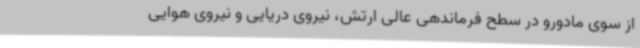
از سوی مادورو در سطح فرماندهی عالی ارتش، نیروی دریایی و نیروی هوایی